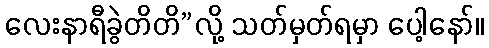
လေးနာရီခွဲတိတိ”လို့ သတ်မှတ်ရမှာ ပေါ့နော်။